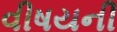
વીષયની